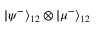
\left| \psi ^ { - } \right\rangle _ { 1 2 } \otimes \left| \mu ^ { - } \right\rangle _ { 1 2 }